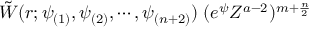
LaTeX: \tilde { W } ( r ; \psi _ { ( 1 ) } , \psi _ { ( 2 ) } , \cdots , \psi _ { ( n + 2 ) } ) \; ( e ^ { \psi } Z ^ { a - 2 } ) ^ { m + \frac { n } { 2 } } \;